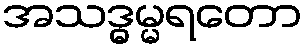
အသဒ္ဓမ္မရတော